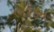
ભરકમ